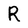
Character: R